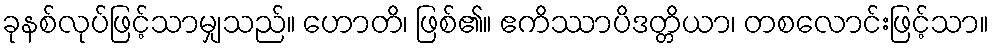
ခုနစ်လုပ်ဖြင့်သာမျှသည်။ ဟောတိ၊ ဖြစ်၏။ ဧကိဿာပိဒတ္တိယာ၊ တစလောင်းဖြင့်သာ။